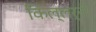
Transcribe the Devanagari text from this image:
किल्लर्नी